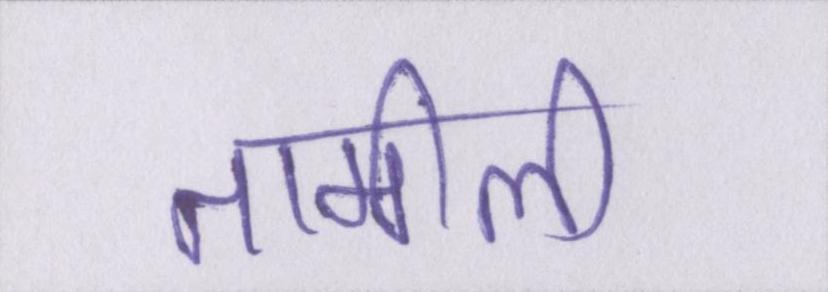
तामीली